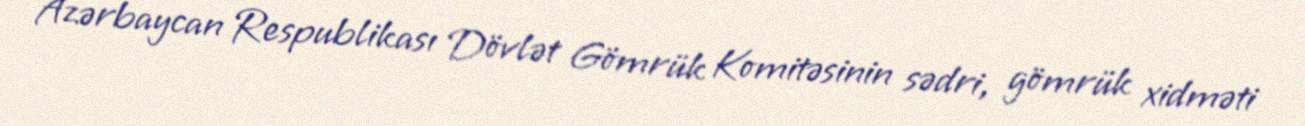
Azərbaycan Respublikası Dövlət Gömrük Komitəsinin sədri, gömrük xidməti